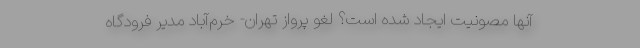
آنها مصونیت ایجاد شده است؟ لغو پرواز تهران- خرم‌آباد مدیر فرودگاه